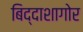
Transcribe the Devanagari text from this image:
बिद्दाशागोर